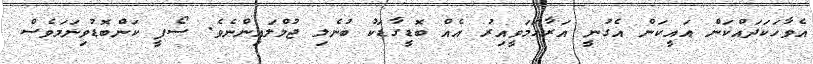
އެވާހަކަދައްކަން އައީކަން އެގުނީ އަރާހަމަވީއިރު އެއް ބޮޑީގާޑަކު ބުނެލި ޖުމްލައިންނެވެ. ސޯފީ ކަންބޮޑުވިނަމަވެސް